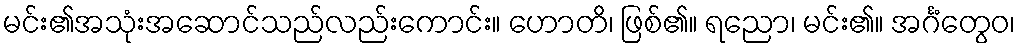
မင်း၏အသုံးအဆောင်သည်လည်းကောင်း။ ဟောတိ၊ ဖြစ်၏။ ရညော၊ မင်း၏။ အင်္ဂံတွေဝ၊